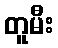
တူမီး